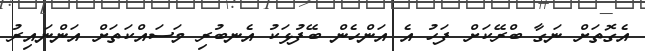
އެގޮތަށް ނަގާ ބްރޭކަށް ފަހު އެ އަންހެން ބޭފުޅަކު އެނބުރި މަސައްކަތަށް އަންނައިރު